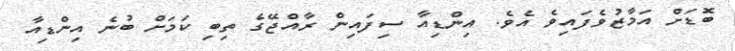
ބޮޑަށް އަމާޒުވެފައިވެ އެވެ. އިންޑިއާ ސިފައިން ރާއްޖޭގެ ތިބި ކަމަށް ބުނެ އިންޑިއާ